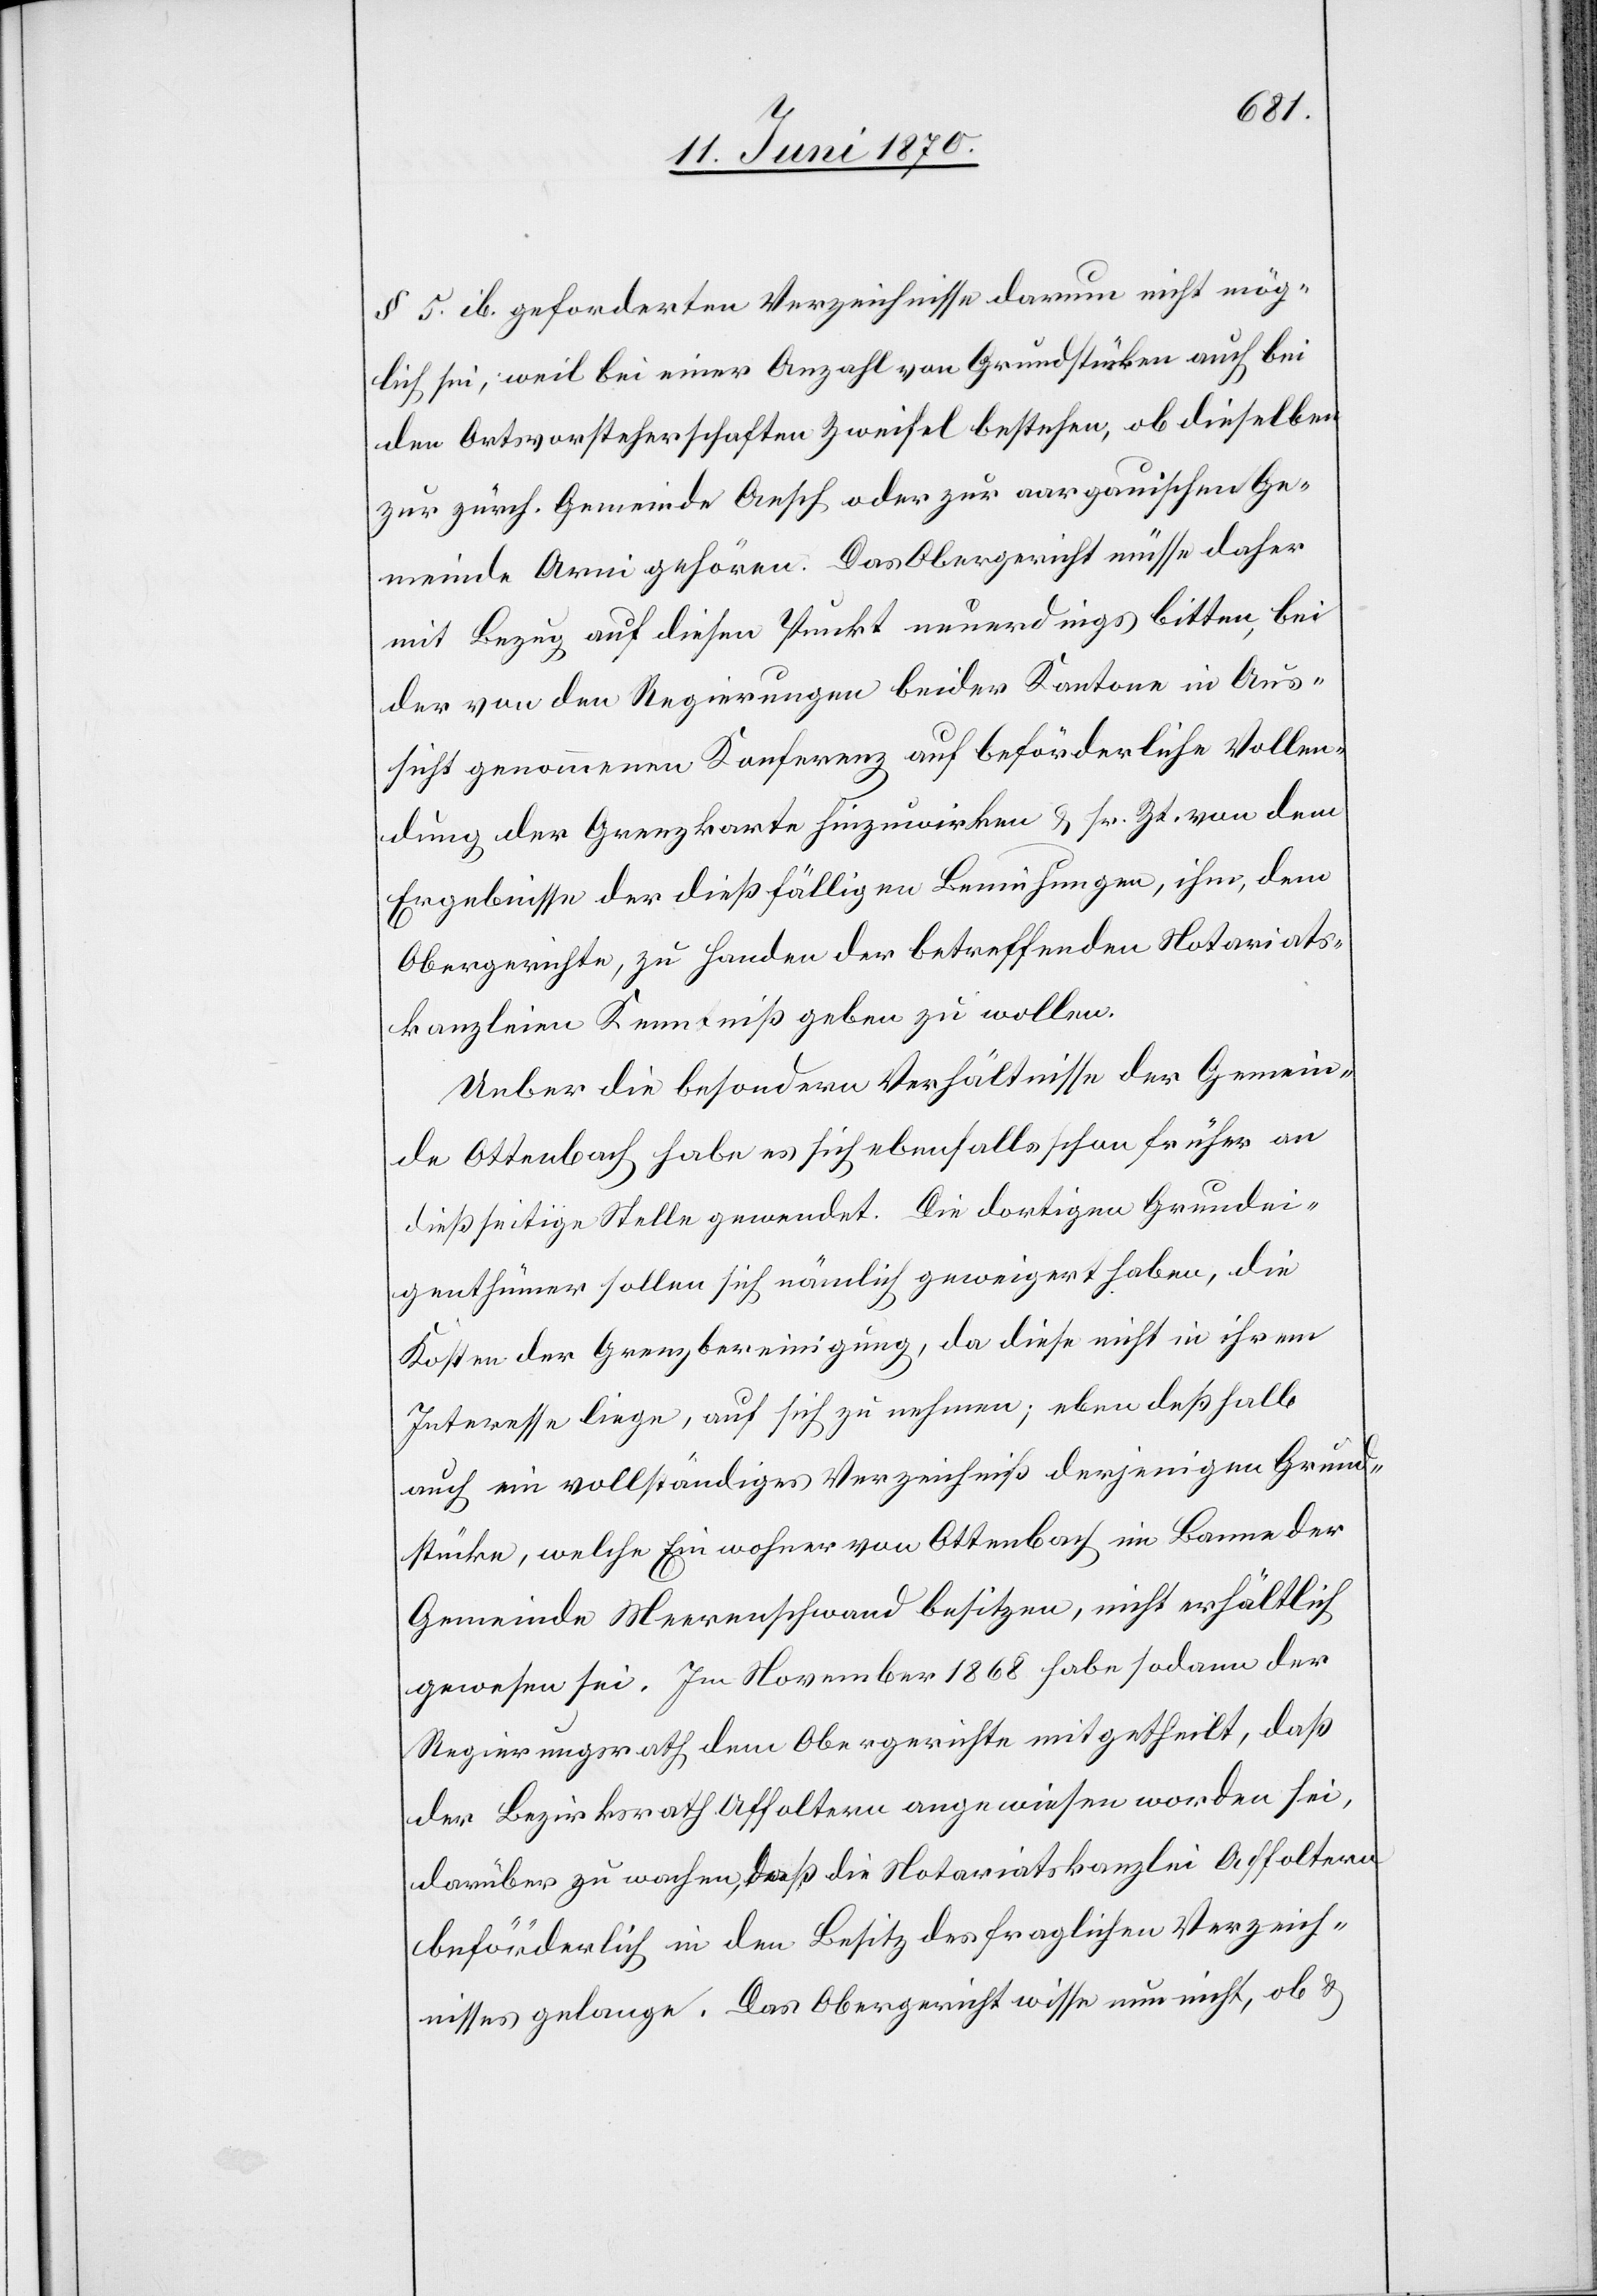
§ 5 ib. geforderten Verzeichnisse darum nicht mög¬
lich sei, weil bei einer Anzahl von Grundstücken auch bei
den Ortsvorsteherschaften Zweifel bestehen, ob dieselben
zur zürch. Gemeinde Aesch oder zur aargauischen Ge¬
meinde Arni gehören. Das Obergericht müsse daher
mit Bezug auf diesen Punkt neuerdings bitten, bei
der von den Regierungen beider Kantone in Aus¬
sicht genommenen Konferenz auf beförderliche Vollen¬
dung der Grenzkarte hinzuwirken & sr. Zt. von dem
Ergebnisse der dießfälligen Bemühungen, ihm, dem
Obergerichte, zu Handen der betreffenden Notariats¬
kanzleien Kenntniß geben zu wollen.
Ueber die besondern Verhältnisse der Gemein¬
de Ottenbach habe es sich ebenfalls schon früher an
dießseitige Stelle gewendet. Die dortigen Grundei¬
genthümer sollen sich nämlich geweigert haben, die
Kosten der Grenzbereinigung, da diese nicht in ihrem
Interesse liege, auf sich zu nehmen; eben deßhalb
auch ein vollständiges Verzeichniß derjenigen Grund¬
stücke, welche Einwohner von Ottenbach im Banne der
Gemeinde Meerenschwand besitzen, nicht erhältlich
gewesen sei. Im November 1868 habe sodann der
Regierungsrath dem Obergericht mitgetheilt, daß
der Bezirksrath Affoltern angewiesen worden sei,
darüber zu wachen, daß die Notariatskanzlei Affoltern
beförderlich in den Besitz des fraglichen Verzeich¬
nisses gelange. Das Obergericht wisse nun nicht, ob &